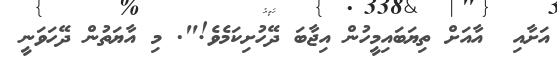
އަށާއި  އާއަށް ތިޔަބައިމީހުން އިޖާބަ ދޭހުށިކަމެވެ!". މި އާޔަތުން ދޭހަވަނީ